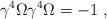
\begin{align*}\gamma^4 \Omega \gamma^4 \Omega = -1 ~,\end{align*}